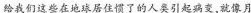
给我们这些在地球居住惯了的人类引起病变，就像月